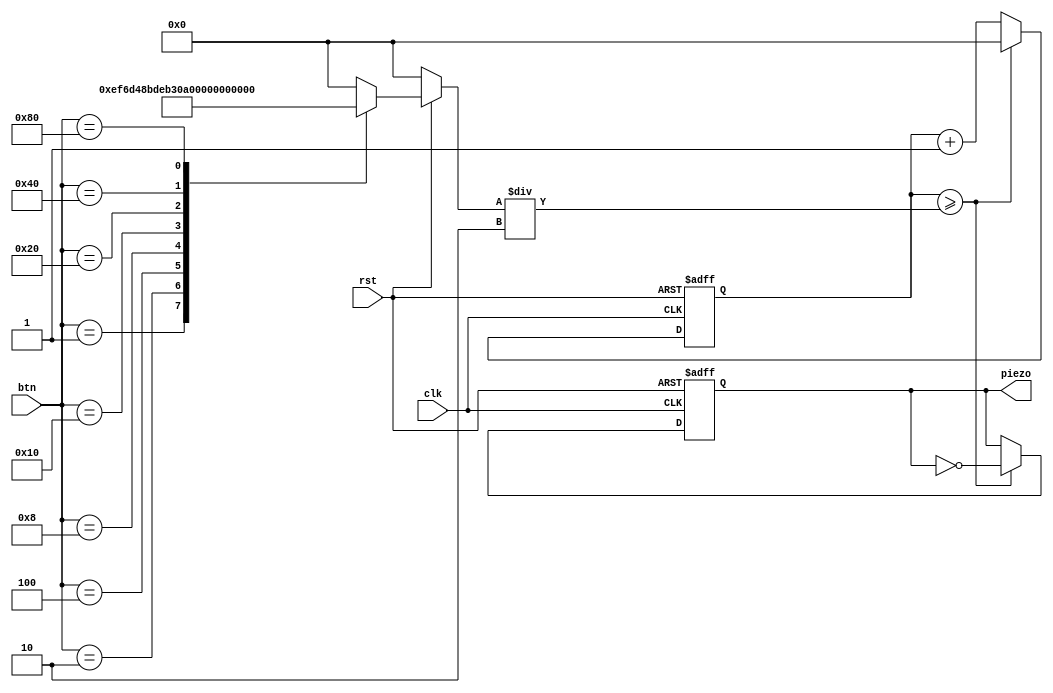
`timescale 1ns / 1ps


module piezo_basic(
    clk, rst, btn, piezo
    );

input clk, rst;
input [7:0] btn;
output reg piezo;

parameter C2 = 12'd3830;
parameter D2 = 12'd3400;
parameter E2 = 12'd3038;
parameter F2 = 12'd2864;
parameter G2 = 12'd2550;
parameter A2 = 12'd2272;
parameter B2 = 12'd2028;
parameter C3 = 12'd1912;

reg [11:0] cnt;
reg [11:0] cnt_limit;

always @(btn) begin
    if(!rst) cnt_limit = 0;
    else begin
        case(btn)
            8'b00000001 : cnt_limit = C2;
            8'b00000010 : cnt_limit = D2;
            8'b00000100 : cnt_limit = E2;
            8'b00001000 : cnt_limit = F2;
            8'b00010000 : cnt_limit = G2;
            8'b00100000 : cnt_limit = A2;
            8'b01000000 : cnt_limit = B2;
            8'b10000000 : cnt_limit = C3;
            default : cnt_limit = 0;
        endcase
    end
end

always @(posedge clk or negedge rst) begin
    if(!rst) begin
        cnt = 0;
        piezo = 0;
    end
    else if(cnt >= cnt_limit/2) begin
        piezo = ~piezo;
        cnt = 0;
    end
    else cnt = cnt+1;
end


endmodule